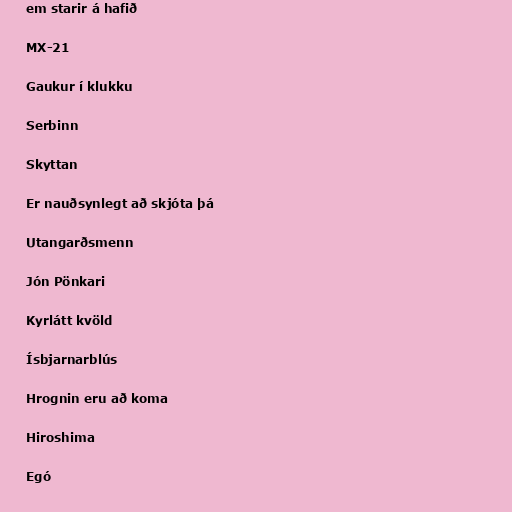
em starir á hafið

MX-21

Gaukur í klukku

Serbinn

Skyttan

Er nauðsynlegt að skjóta þá

Utangarðsmenn

Jón Pönkari

Kyrlátt kvöld

Ísbjarnarblús

Hrognin eru að koma

Hiroshima

Egó